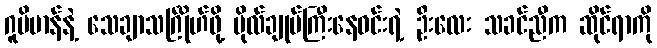
ဂူဗိမာန်နဲ့ သေချာသင်္ဂြိုဟ်ဖို့ ဗိုလ်ချုပ်ကြီးနေဝင်းရဲ့ ဦးလေး သခင်ညီက ဆိုင်ရာကို